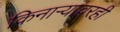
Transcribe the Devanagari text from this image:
किनाऱ्यावरही